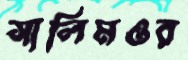
সালিমওর